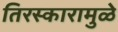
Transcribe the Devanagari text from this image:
तिरस्कारामुळे